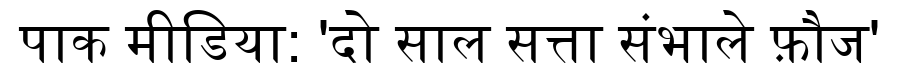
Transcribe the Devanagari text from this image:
पाक मीडिया: 'दो साल सत्ता संभाले फ़ौज'